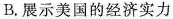
B.展示美国的经济实力